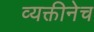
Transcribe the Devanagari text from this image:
व्यक्तीनेच